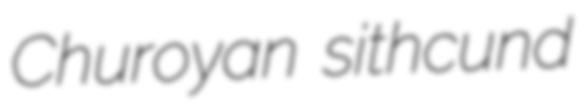
Churoyan sithcund